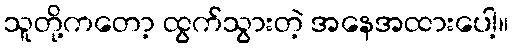
သူတို့ကတော့ ထွက်သွားတဲ့ အနေအထားပေါ့။